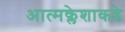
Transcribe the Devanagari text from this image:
आत्मक्लेशाकडे